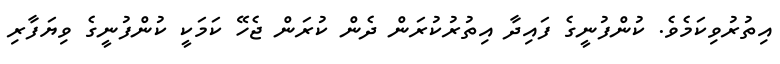
އިތުރުވިކަމެވެ. ކުންފުނީގެ ފައިދާ އިތުރުކުރަން ދެން ކުރަން ޖެހޭ ކަމަކީ ކުންފުނީގެ ވިޔަފާރި